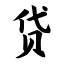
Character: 贷